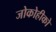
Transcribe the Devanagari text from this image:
जोकोहीको